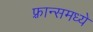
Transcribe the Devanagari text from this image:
फ़्रान्समध्ये